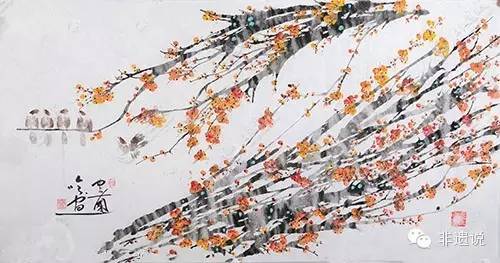
梅落繁枝千万片，犹自多情，学雪随风转。